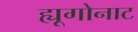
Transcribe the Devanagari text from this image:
ह्यूगोनाट